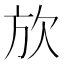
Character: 𪴩